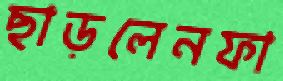
ছাড়লেনফা